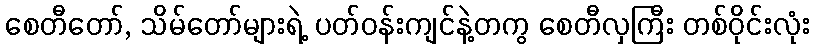
စေတီတော်, သိမ်တော်များရဲ့ ပတ်ဝန်းကျင်နဲ့တကွ စေတီလှကြီး တစ်ဝိုင်းလုံး